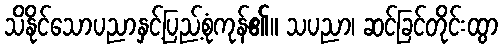
သိနိုင်သောပညာနှင့်ပြည့်စုံကုန်၏။ သပညာ၊ ဆင်ခြင်တိုင်းထွာ